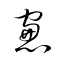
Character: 窻